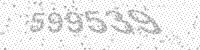
Solution: 599539